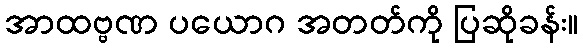
အာထဗ္ဗဏ ပယောဂ အတတ်ကို ပြဆိုခန်း။